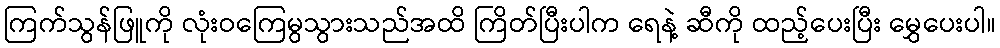
ကြက်သွန်ဖြူကို လုံးဝကြေမွသွားသည်အထိ ကြိတ်ပြီးပါက ရေနဲ့ ဆီကို ထည့်ပေးပြီး မွှေပေးပါ။